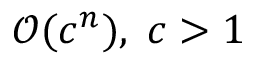
{ \mathcal { O } } ( c ^ { n } ) , \; c > 1